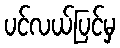
ပင်လယ်ပြင်မှ